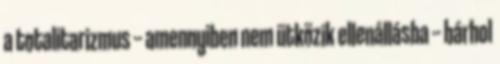
a totalitarizmus -- amennyiben nem ütközik ellenállásba -- bárhol